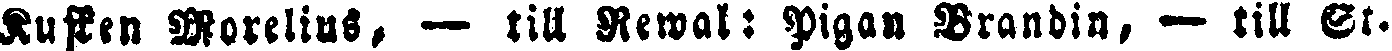
Kusten Morelius, — till Rewal: Pigan Brandin, — till St.